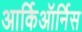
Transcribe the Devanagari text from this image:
आर्किऑर्निस